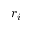
r _ { i }